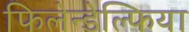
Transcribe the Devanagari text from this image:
फिलेन्डेल्फिया